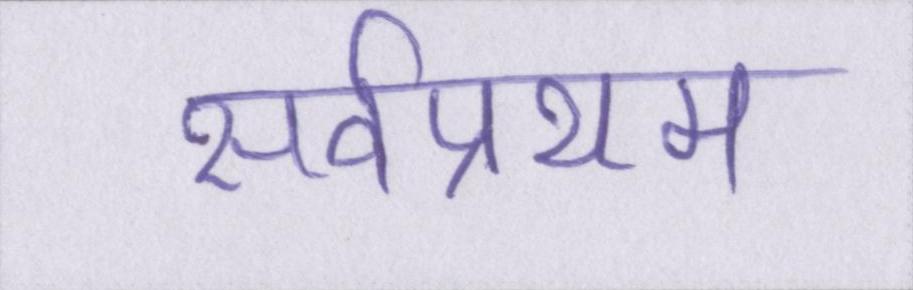
सर्वप्रथम